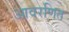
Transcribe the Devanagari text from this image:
आवरणित